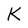
Character: K